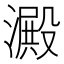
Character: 澱